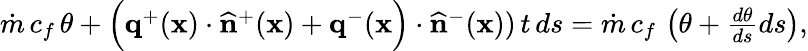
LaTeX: \begin{array}{r}{\dot{m}\, c_{f}\, \theta+\Big(\mathbf{q}^{+}(\mathbf{x})\cdot\widehat{\mathbf{n}}^{+}(\mathbf{x})+\mathbf{q}^{-}(\mathbf{x}\Big)\cdot\widehat{\mathbf{n}}^{-}(\mathbf{x}))\, t\, ds=\dot{m}\, c_{f}\, \left(\theta+\frac{d\theta}{ds}ds\right),}\end{array}